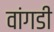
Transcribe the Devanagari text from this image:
वांगडी